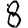
Digit: 8